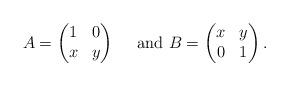
LaTeX: \begin{align*}A=\left(\begin{matrix}1&0\\x&y\end{matrix}\right)\quad\textrm{ and }B=\left(\begin{matrix}x&y\\0&1\end{matrix}\right).\end{align*}